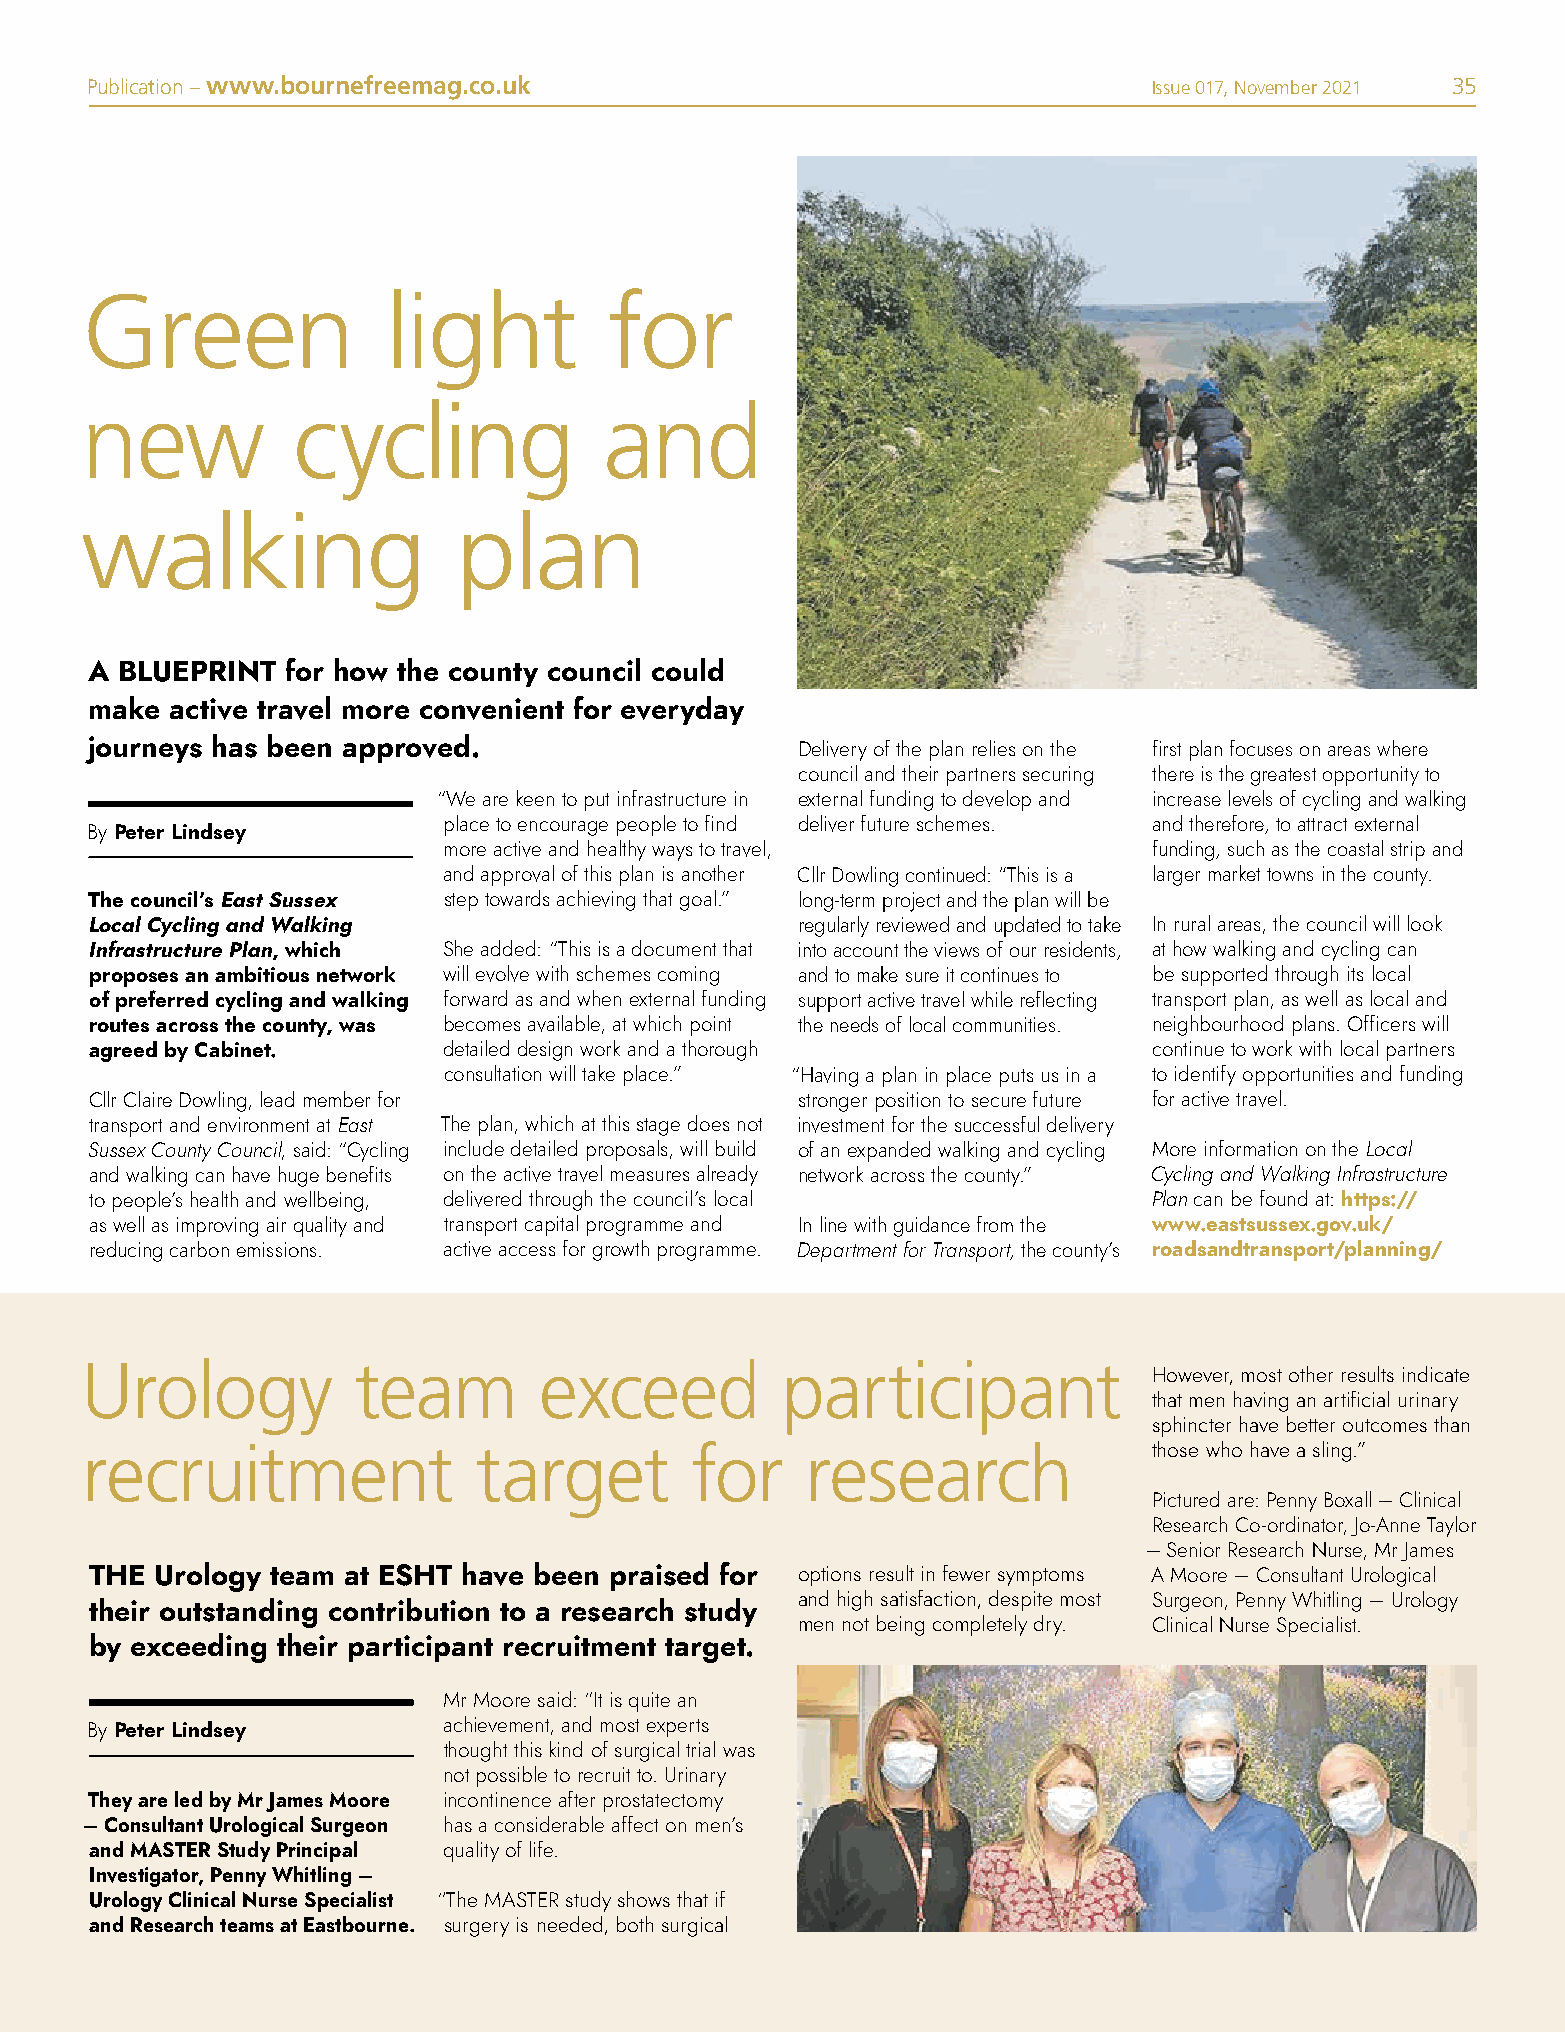
Publication – www.bournefreemag.co.uk                                 Issue 017, November 2021 35
 Green               light          for
 new           cycling              and
 walking                  plan
 A BLUEPRINT  for how the county council could
 make active travel more convenient for everyday
 journeys has been approved.                    Delivery of the plan relies on the first plan focuses on areas where
 council and their partners securing there is the greatest opportunity to
 “We are keen to put infrastructure in external funding to develop and increase levels of cycling and walking
 place to encourage people to find deliver future schemes. and therefore, to attract external
 By Peter Lindsey
 more active and healthy ways to travel,        funding, such as the coastal strip and
 and approval of this plan is another Cllr Dowling continued: “This is a larger market towns in the county.
 The council’s East Sussex step towards achieving that goal.” long-term project and the plan will be
 Local Cycling and Walking                      regularly reviewed and updated to take In rural areas, the council will look
 Infrastructure Plan, which She added: “This is a document that into account the views of our residents, at how walking and cycling can
 proposes an ambitious network will evolve with schemes coming and to make sure it continues to be supported through its local
 of preferred cycling and walking forward as and when external funding support active travel while reflecting transport plan, as well as local and
 routes across the county, was becomes available, at which point the needs of local communities. neighbourhood plans. Officers will
 agreed by Cabinet.     detailed design work and a thorough            continue to work with local partners
 consultation will take place.” “Having a plan in place puts us in a to identify opportunities and funding
 Cllr Claire Dowling, lead member for           stronger position to secure future for active travel.
 transport and environment at East The plan, which at this stage does not investment for the successful delivery
 Sussex County Council, said: “Cycling include detailed proposals, will build of an expanded walking and cycling More information on the Local
 and walking can have huge benefits on the active travel measures already network across the county.” Cycling and Walking Infrastructure
 to people’s health and wellbeing, delivered through the council’s local Plan can be found at: https://
 as well as improving air quality and transport capital programme and In line with guidance from the www.eastsussex.gov.uk/
 reducing carbon emissions. active access for growth programme. Department for Transport, the county’s roadsandtransport/planning/
 Urology           team         exceed          participant
 However, most other results indicate
 that men having an artificial urinary
 sphincter have better outcomes than
 recruitment               target         for    research               those who have a sling.”
 Pictured are: Penny Boxall – Clinical
 Research Co-ordinator, Jo-Anne Taylor
 – Senior Research Nurse, Mr James
 THE Urology team at ESHT have been praised for options result in fewer symptoms A Moore – Consultant Urological
 and high satisfaction, despite most Surgeon, Penny Whitling – Urology
 their outstanding contribution to a research study
 men not being completely dry. Clinical Nurse Specialist.
 by exceeding their participant recruitment target.
 Mr Moore said: “It is quite an
 By Peter Lindsey       achievement, and most experts
 thought this kind of surgical trial was
 not possible to recruit to. Urinary
 They are led by Mr James Moore incontinence after prostatectomy
 – Consultant Urological Surgeon has a considerable affect on men’s
 and MASTER Study Principal quality of life.
 Investigator, Penny Whitling –
 Urology Clinical Nurse Specialist “The MASTER study shows that if
 and Research teams at Eastbourne. surgery is needed, both surgical